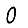
Digit: 0